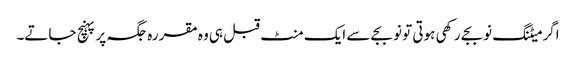
اگر میٹنگ نوبجے رکھی ہوتی تو نو بجے سے ایک منٹ قبل ہی وہ مقررہ جگہ پر پہنچ جاتے۔